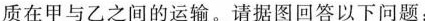
质在甲与乙之间的运输。请据图回答以下问题：